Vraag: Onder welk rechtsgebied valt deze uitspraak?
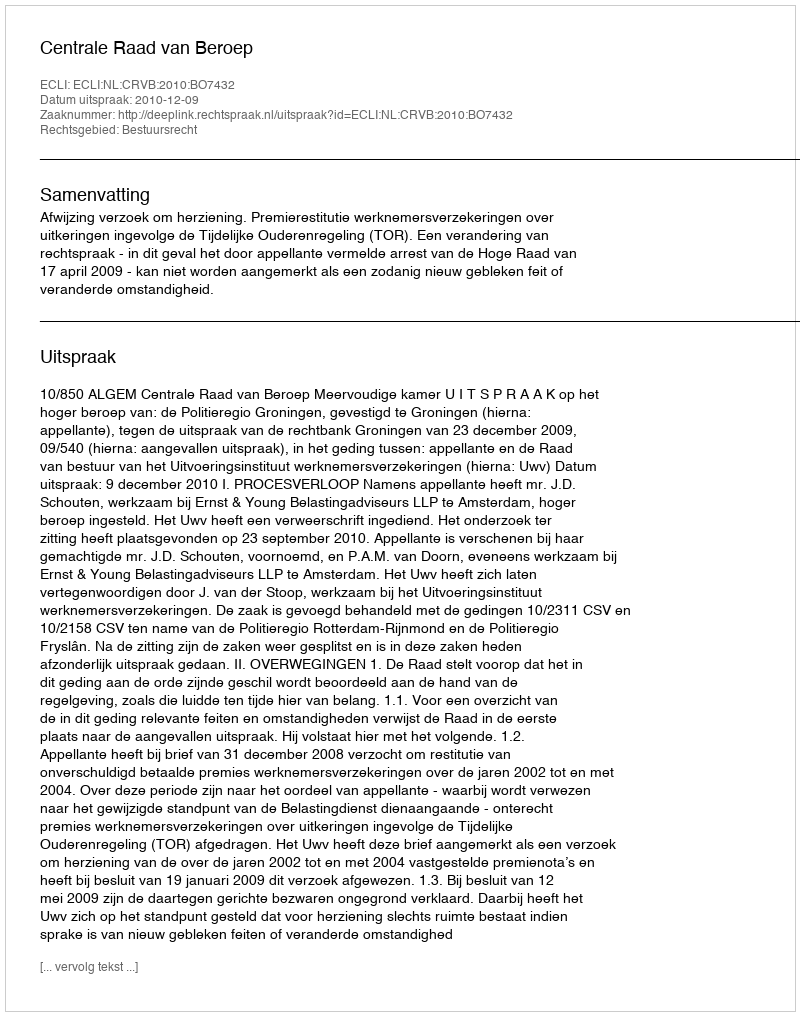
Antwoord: Bestuursrecht